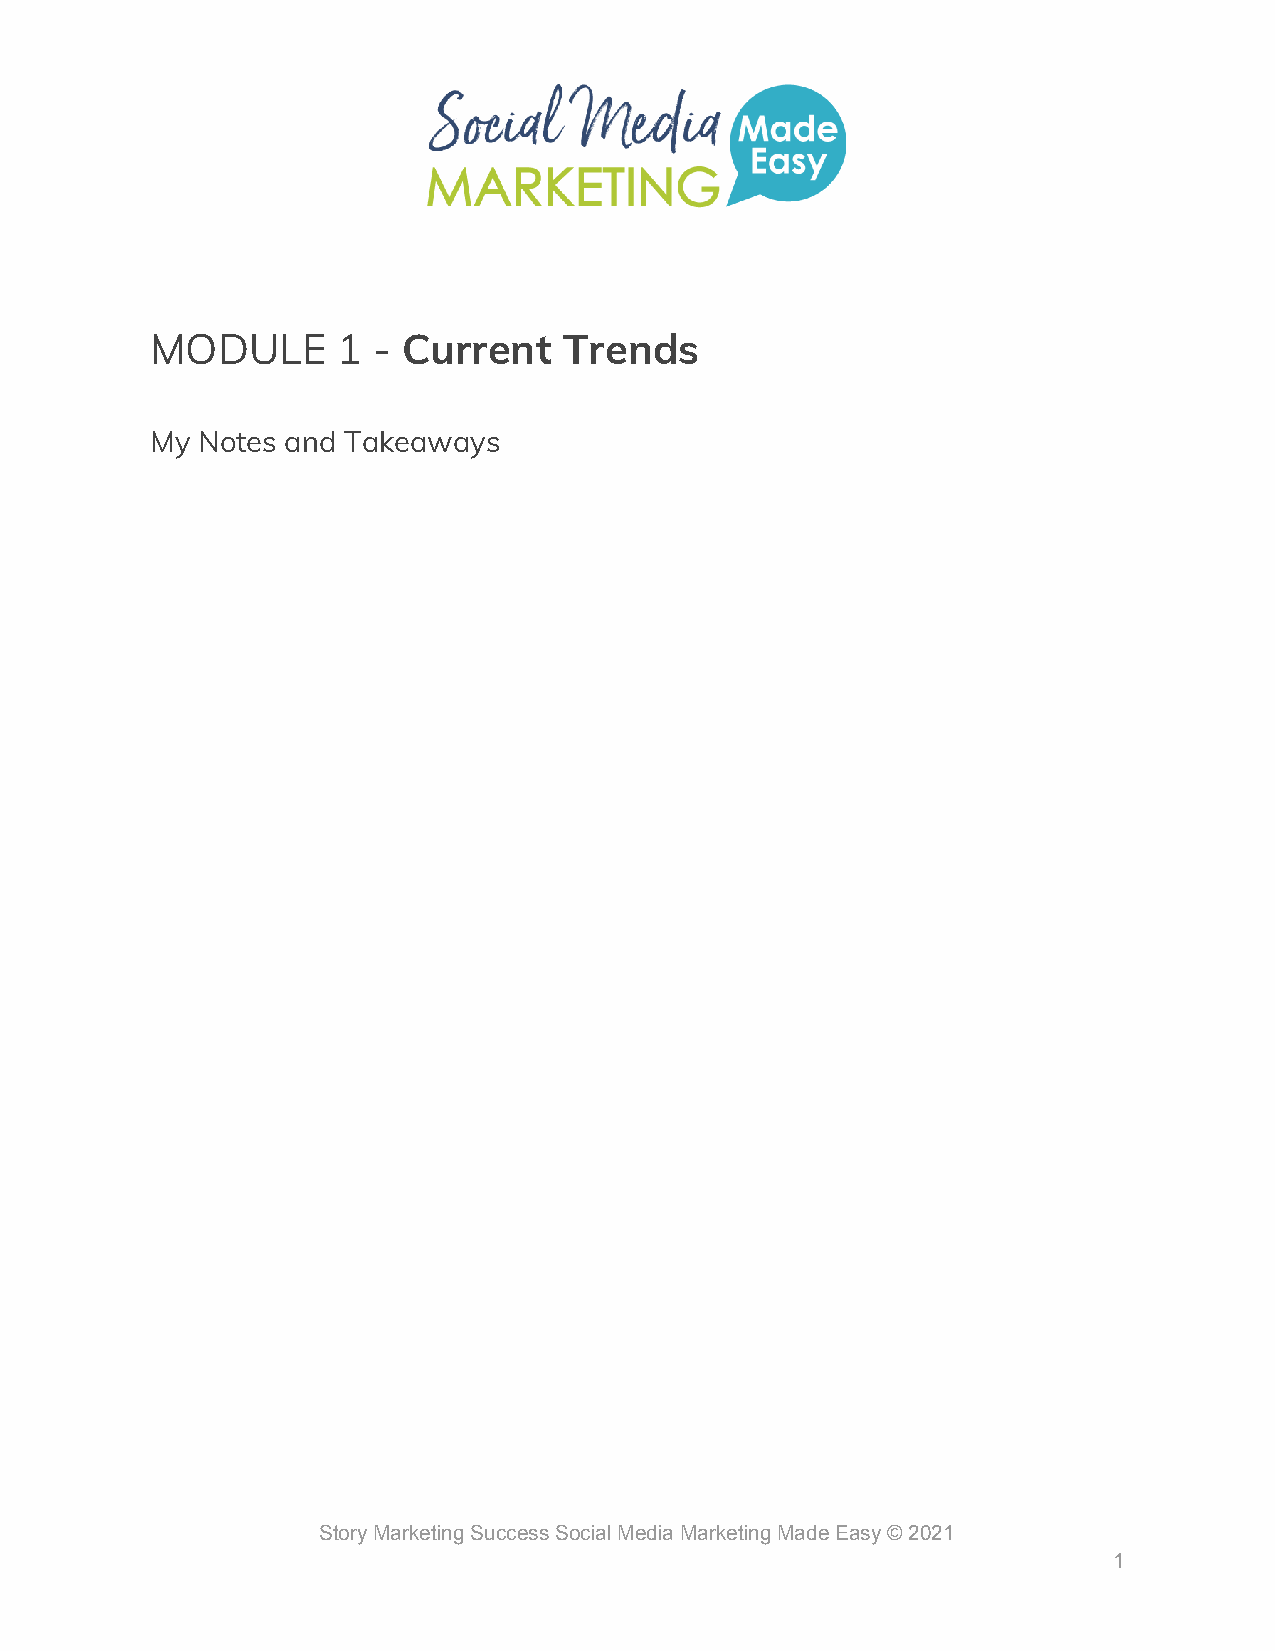
MODULE      1  - ​Current  Trends
 My Notes and Takeaways
 Story Marketing Success Social Media Marketing Made Easy © 2021
 1